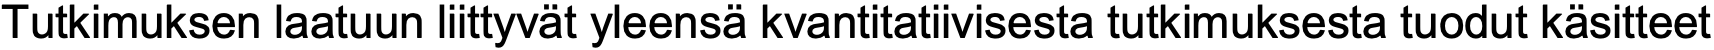
Tutkimuksen laatuun liittyvät yleensä kvantitatiivisesta tutkimuksesta tuodut käsitteet